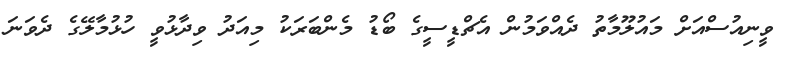
ވީނިއުސްއަށް މައުލޫމާތު ދެއްވަމުން އެޗްޑީސީގެ ބޯޑު މެންބަރަކު މިއަދު ވިދާޅުވީ ހުޅުމާލޭގެ ދެވަނަ